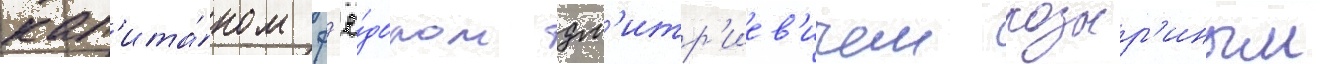
кап'ита́ном ф'ё́дором дм'итр'иев'ичем козыр'иным